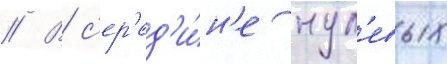
// В с'ер'ед'и́н'е нул'евых